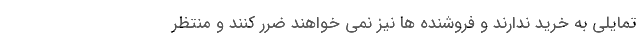
تمایلی به خرید ندارند و فروشنده ها نیز نمی خواهند ضرر کنند و منتظر